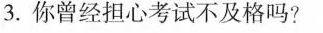
3.你曾经担心考试不及格吗?